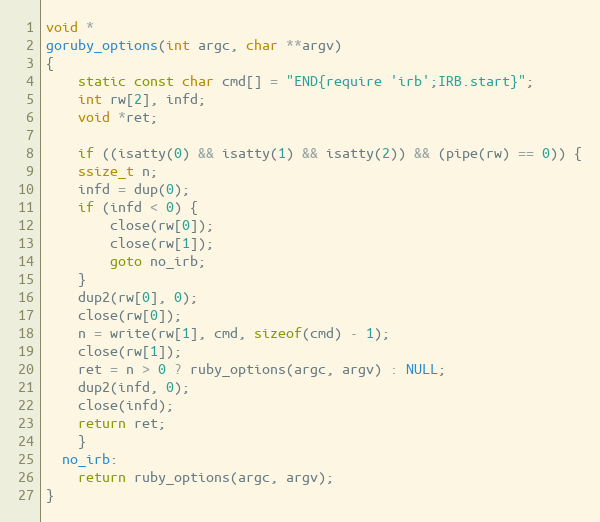
Language: C
void *
goruby_options(int argc, char **argv)
{
    static const char cmd[] = "END{require 'irb';IRB.start}";
    int rw[2], infd;
    void *ret;

    if ((isatty(0) && isatty(1) && isatty(2)) && (pipe(rw) == 0)) {
	ssize_t n;
	infd = dup(0);
	if (infd < 0) {
	    close(rw[0]);
	    close(rw[1]);
	    goto no_irb;
	}
	dup2(rw[0], 0);
	close(rw[0]);
	n = write(rw[1], cmd, sizeof(cmd) - 1);
	close(rw[1]);
	ret = n > 0 ? ruby_options(argc, argv) : NULL;
	dup2(infd, 0);
	close(infd);
	return ret;
    }
  no_irb:
    return ruby_options(argc, argv);
}